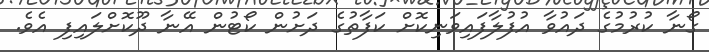
ގޯނާ ކުރުމުގެ ދައުވާ އުފުލާފައިވަނިކޮށް ކަފާތުގެ ދަށުން ކޯޓުން އޭނާ ދޫކޮށްލައިފި އެވެ.